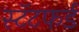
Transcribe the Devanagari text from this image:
स्टॅटफर्ड